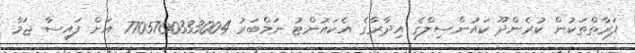
ފަރާތްތަކުން ކުރެންދޫ ކައުންސިލްގެ އިދާރާގެ އެކައުންޓު ނަމްބަރު 7705700333004 އަށް ފައިސާ ޖަމާ